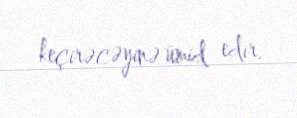
keçirəcəyinə ümid edir.